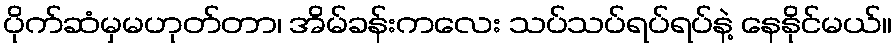
ပိုက်ဆံမှမဟုတ်တာ၊ အိမ်ခန်းကလေး သပ်သပ်ရပ်ရပ်နဲ့ နေနိုင်မယ်။